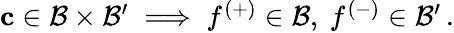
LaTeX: \begin{array}{r}{\mathbf{c}\in\mathcal{B}\times\mathcal{B}^{\prime}\implies f^{(+)}\in\mathcal{B},\ f^{(-)}\in\mathcal{B}^{\prime}\, .}\end{array}